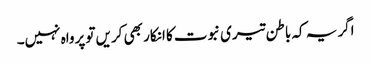
اگر یہ کہ باطن تیری نبوت کا انکار بھی کریں تو پرواہ نہیں۔